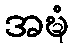
အဍ္ဎံ